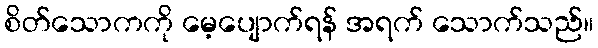
စိတ်သောကကို မေ့ပျောက်ရန် အရက် သောက်သည်။